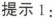
提示1：